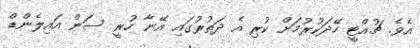
އެވެ. ޗުއްޓީ ހޭދަކުރުމަށް ކުރި އެ ދަތުރުގައި އޭނާ ހުރީ ސަން އައިލެންޑް